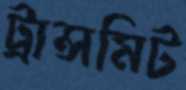
ট্রান্সমিট